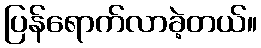
ပြန်ရောက်လာခဲ့တယ်။